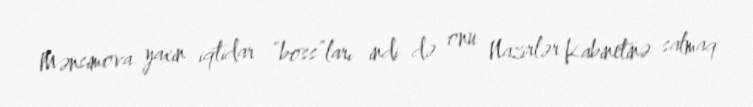
Mənsimova yaxın iqtidar “boss”ları indi də onu Nazirlər Kabinetinə salmaq